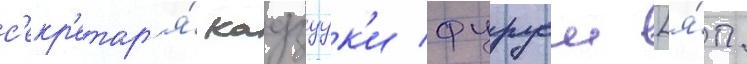
с'екр'етар'я́ кадзуук'и фуруеи [я́п.